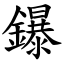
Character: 鑤